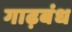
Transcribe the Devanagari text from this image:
गाढ़बंध